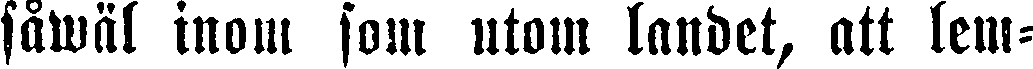
såwäl inom som utom landet, att lem-